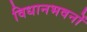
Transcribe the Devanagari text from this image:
विधानभवनों